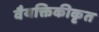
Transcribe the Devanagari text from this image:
वैयक्तिकीकृत